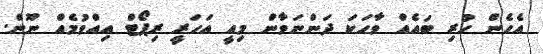
އެހެން ހުރި ބައެއް ވާހަކަ ދަންނަވާނަް މިއީ އަހަރީ ރިޕޯޓް އިއްވުމެއް ނޫން.